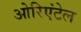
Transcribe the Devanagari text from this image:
ओरिएंटेल